Indian journal of veterinary science and animal husbandry - Volume 8,
Year: 1938
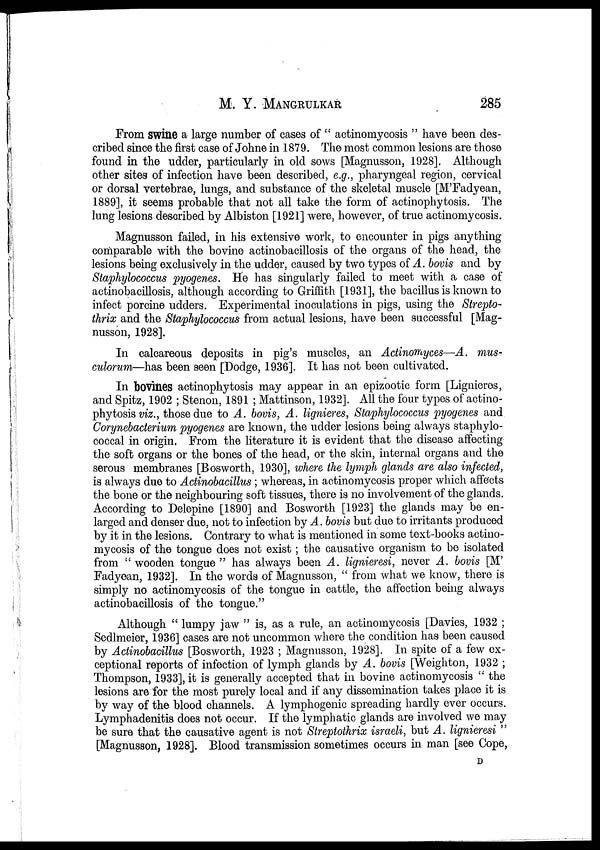
M. Y.
MANGRULKAR
285
From swine a large number of cases of " actinomycosis " have been des-
cribed since the first case of Johne in 1879. The most common lesions are those
found in the udder, particularly in old sows [Magnusson, 1928]. Although
other sites of infection have been described, e.g., pharyngeal region, cervical
or dorsal vertebrae, lungs, and substance of the skeletal muscle [M'Fadyean,
1889], it seems probable that not all take the form of actinophytosis. The
lung lesions described by Albiston [1921] were, however, of true actinomycosis.
Magnusson failed, in his extensive work, to encounter in pigs anything
comparable with the bovine actinobacillosis of the organs of the head, the
lesions being exclusively in the udder, caused by two types of A. bovis and by
Staphylococcus pyogenes. He has singularly failed to meet with a case of
actinobacillosis, although according to Griffith [1931], the bacillus is known to
infect porcine udders. Experimental inoculations in pigs, using the Strepto-
thrix and the Staphylococcus from actual lesions, have been successful [Mag-
nusson, 1928].
In calcareous deposits in pig's muscles, an Actinomyces—A. mus-
culorum—has been seen [Dodge, 1936]. It has not been cultivated.
In bovines actinophytosis may appear in an epizootic form [Lignieres,
and Spitz, 1902 ; Stenon, 1891 ; Mattinson, 1932]. All the four types of actino-
phytosis viz., those due to A. bovis, A. lignieres, Staphylococcus pyogenes and
Corynebacterium pyogenes are known, the udder lesions being always staphylo-
coccal in origin. From the literature it is evident that the disease affecting
the soft organs or the bones of the head, or the skin, internal organs and the
serous membranes [Bosworth, 1930], where the lymph glands are also infected,
is always due to Actinobacillus; whereas, in actinomycosis proper which affects
the bone or the neighbouring soft tissues, there is no involvement of the glands.
According to Delepine [1890] and Bosworth [1923] the glands may be en-
larged and denser due, not to infection by A. bovis but due to irritants produced
by it in the lesions. Contrary to what is mentioned in some text-books actino-
mycosis of the tongue does not exist; the causative organism to be isolated
from " wooden tongue " has always been A. lignieresi, never A. bovis [M'
Fadyean, 1932]. In the words of Magnusson, " from what we know, there is
simply no actinomycosis of the tongue in cattle, the affection being always
actinobacillosis of the tongue."
Although " lumpy jaw " is, as a rule, an actinomycosis [Davies, 1932 ;
Sedlmeier, 1936] cases are not uncommon where the condition has been caused
by Actinobacillus [Bosworth, 1923 ; Magnusson, 1928]. In spite of a few ex-
ceptional reports of infection of lymph glands by A. bovis [Weighton, 1932 ;
Thompson, 1933], it is generally accepted that in bovine actinomycosis " the
lesions are for the most purely local and if any dissemination takes place it is
by way of the blood channels. A lymphogenic spreading hardly ever occurs.
Lymphadenitis does not occur. If the lymphatic glands are involved we may
be sure that the causative agent is not Streptothrix israeli, but A. lignieresi "
[Magnusson, 1928]. Blood transmission sometimes occurs in man [see Cope,
D